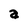
Character: a